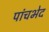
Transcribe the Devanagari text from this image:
पांचभेद